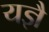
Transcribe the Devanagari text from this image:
यज्ञै